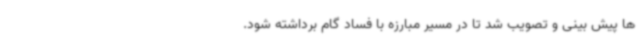
ها پیش بینی و تصویب شد تا در مسیر مبارزه با فساد گام برداشته شود.